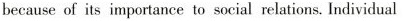
because of its importance to social relations.Individual